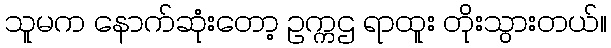
သူမက နောက်ဆုံးတော့ ဥက္ကဌ ရာထူး တိုးသွားတယ်။